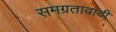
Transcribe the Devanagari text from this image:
समग्रतावादी